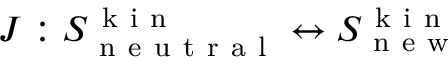
J : S _ { \mathrm { ~ n ~ e ~ u ~ t ~ r ~ a ~ l ~ } } ^ { \mathrm { ~ k ~ i ~ n ~ } } \leftrightarrow S _ { \mathrm { ~ n ~ e ~ w ~ } } ^ { \mathrm { ~ k ~ i ~ n ~ } }